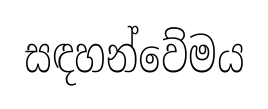
සඳහන්වේමය